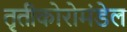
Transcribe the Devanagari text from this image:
तृतीकोरोमंडेल